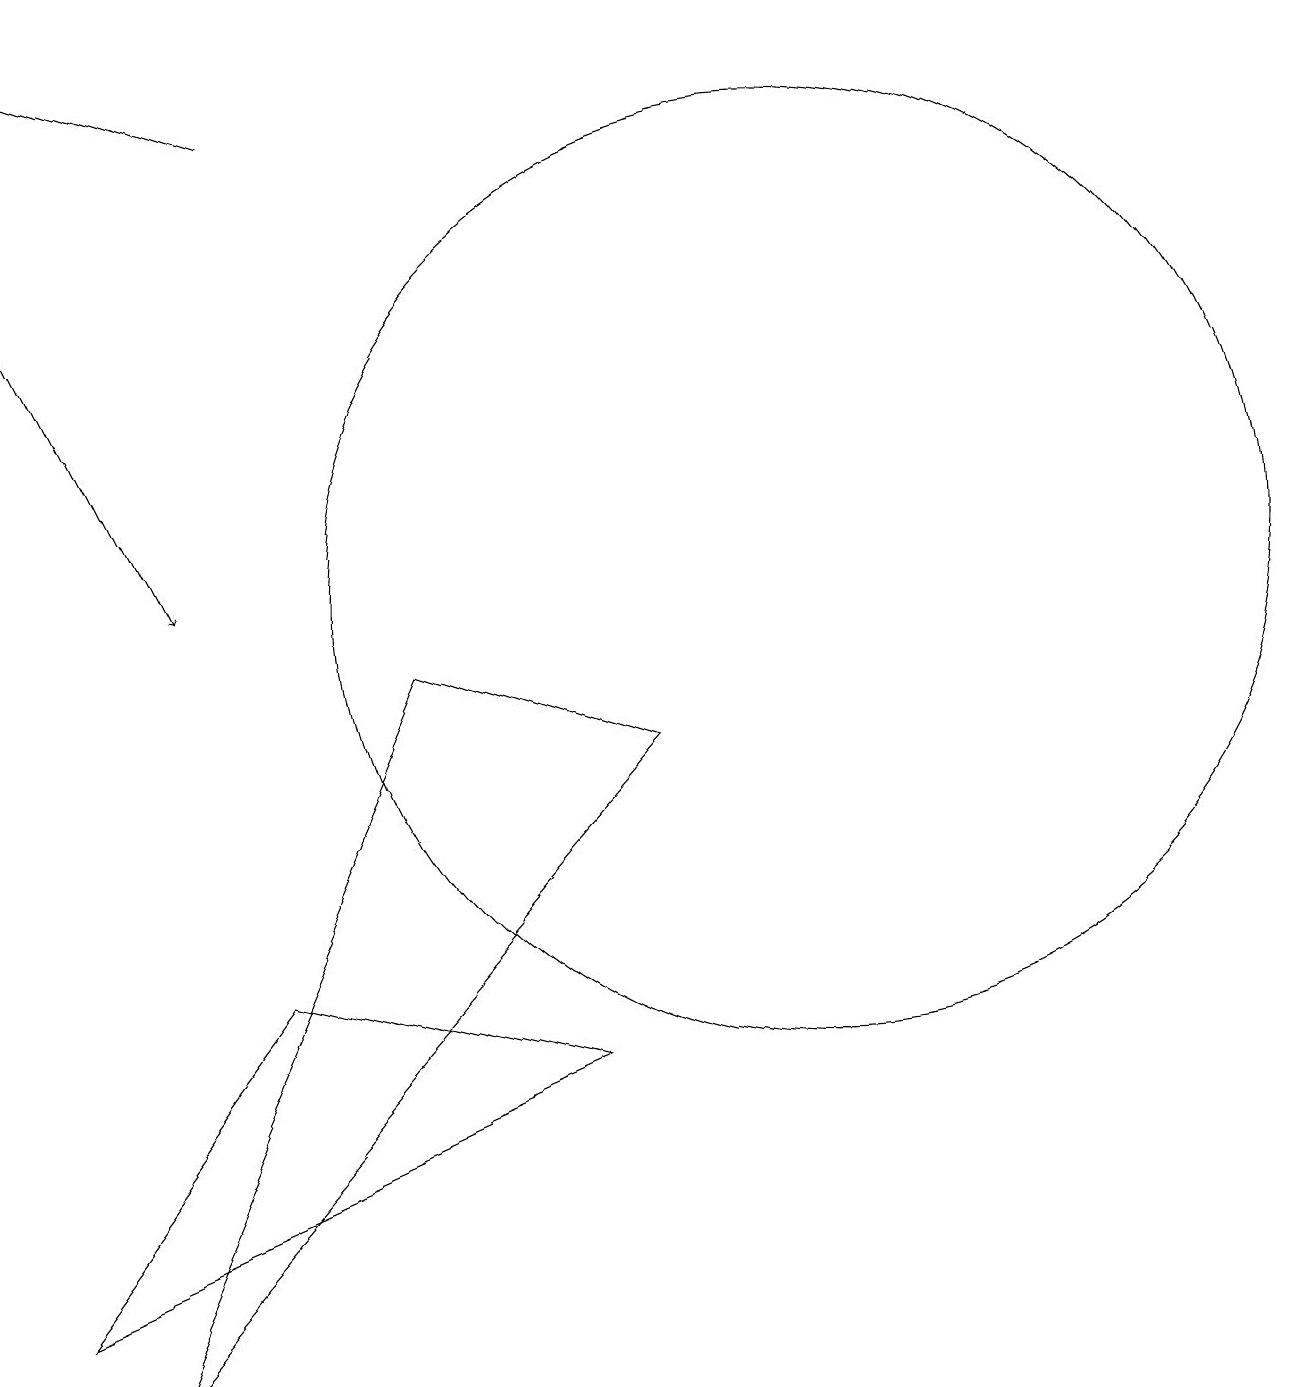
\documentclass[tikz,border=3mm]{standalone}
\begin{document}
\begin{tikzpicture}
\draw[->] (3,16) -- (0,17);
\draw (5,9) -- (8,8) -- (1,0) -- cycle;
\draw (10,10) circle (6);
\draw[->] (0,14) -- (2,10);
\draw (0,1) -- (3,5) -- (7,4) -- cycle;
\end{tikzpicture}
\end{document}